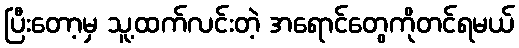
ပြီးတော့မှ သူ့ထက်လင်းတဲ့ အရောင်တွေကိုတင်ရမယ်